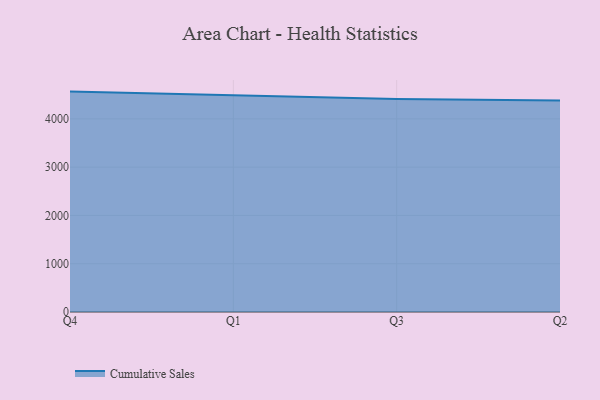
{"axis": {"x": "Quarter", "y": "Headcount"}, "legend": ["Cumulative Sales"], "data": [{"x": "Q4", "y": 4564.9, "type": "Cumulative Sales"}, {"x": "Q1", "y": 4492.2, "type": "Cumulative Sales"}, {"x": "Q3", "y": 4409.7, "type": "Cumulative Sales"}, {"x": "Q2", "y": 4379.1, "type": "Cumulative Sales"}]}